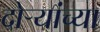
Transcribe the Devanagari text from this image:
दोऱ्यांच्या